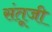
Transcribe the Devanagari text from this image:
संतूजी